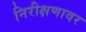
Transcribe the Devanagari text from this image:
निरीक्षणावर